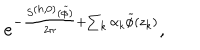
e ^ { - { \frac { S ^ { ( h , 0 ) } ( \widetilde \phi ) } { 2 \pi } } + \sum _ { k } \alpha _ { k } \widetilde \phi ( z _ { k } ) } ,